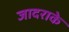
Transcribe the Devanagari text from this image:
जादराके